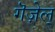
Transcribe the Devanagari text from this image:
गॆज़ेल्